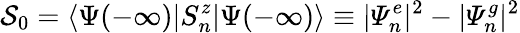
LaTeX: \mathcal{S}_{0}=\langle\Psi(-\infty)|S_{n}^{z}|\Psi(-\infty)\rangle\equiv|\varPsi_{n}^{e}|^{2}-|\varPsi_{n}^{g}|^{2}